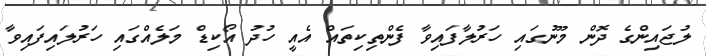
ލުޖައިންގެ ދޮން މޫނުގައި ހަރުލާފައިވާ ފެންތިކިތައް އެއީ ހުދު އޯކިޑް މަލެއްގައި ހަރުލައިފައިވާ